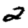
Digit: 2